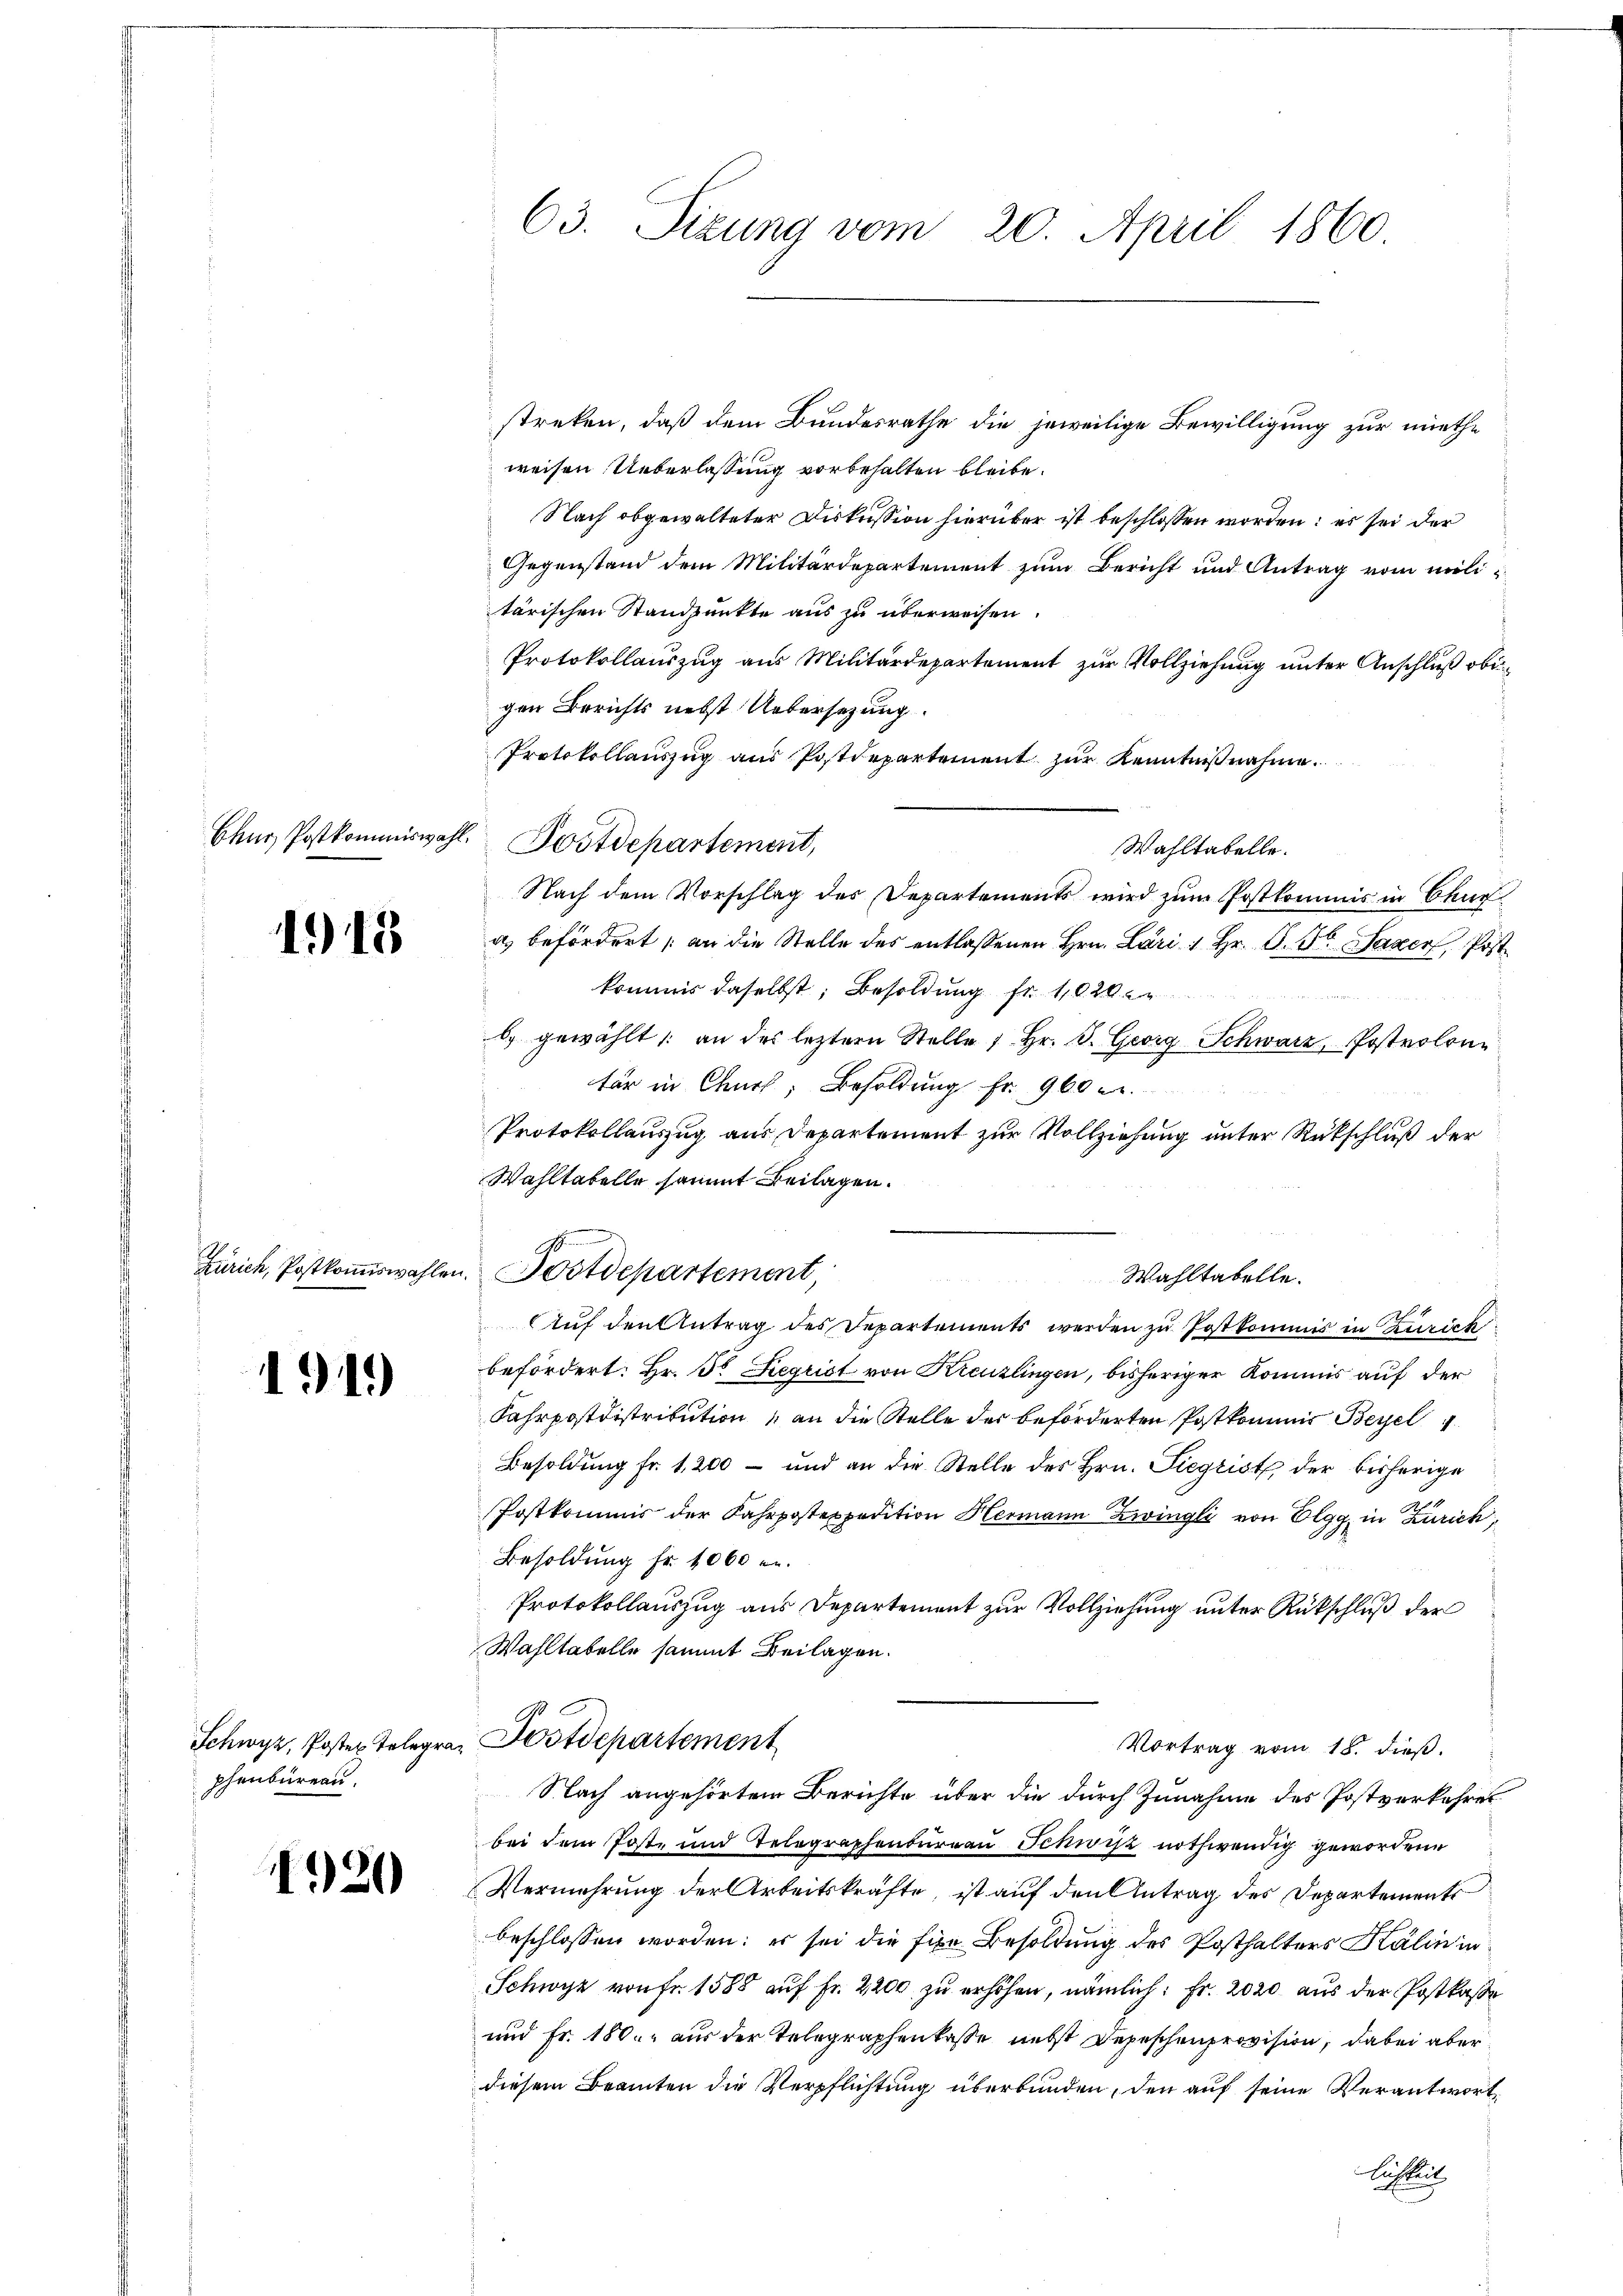
1918

Zürich, Postkommiswahle.

191)

phenbureau.

920

streken, daß dem Bundesrathe die jeweilige Bewilligung zur miethe
weisen. Ueberlassung vorbehalten bleibe.
Nach obgewalteter Diskussion hierüber ist beschlossen worden; es sei der
Gegenstand dem Militärdepartement zum Bericht und Antrag vom militärischen Standpunkte aus zu überweisen.
Protokollauszug aus Militärdepartement zur Vollziehung unter Anschluß obigen Berichts nebst Uebersetzung.
Protokollauszug aus Postdepartement zur Kenntnißnahme.
Chur Postkommiswahl. Postdepartement,
Wahltabelle.
Nach dem Vorschlag des Departements wird zum Postkommnis in Chur
a befördert an die Stelle des entlaßenen Hrn. Lari u Hr. P. F. Saxer, Post
kommis daselbst; Besoldung fr. 1020.
b gewählt an des letztern Stelle 1. Hr. P. Georg Schwarz, Postrolontur in Chur, Besoldung fr. 900 e
Protokollauszug aus Departement zur Vollziehung unter Rückschluß der
Wahltatelle sammt Beilagen.
Wahltabelle.
Auf den Antrag des Departements werden zu Postkommis in Zürich
befördert: Hr. Fr. Begrist von Kreuzlingen, bisheriger Kommis auf der
Fahrpostdistribution an die Stelle des beförderten Postkommit Bezel
Besoldung fr. 1200 - und an die Stelle des Hrn. Siegrist der bisherige
Postkommis der Fahrpostexpedition Hermann Zwingli von Elgg, in Zürich,
Besoldung fr. 1060 r.
Protokollauszug aus Departement zur Vollziehung unter Rückschluß der
Wahltabelle sammt Beilagen.
Schwyz, Poster Telegra Postdepartement
Vortrag vom 18. dieß.
Nach angehörten Berichte über die durch Zunahme des Postverkehrer
bei dem Post- und Telegraphenburgau Schwyz nothwendig gewordene
Vermehrung der Arbeitskräfte, ist auf den Antrag des Departements
beschlossen worden; es sei die fixe Besoldung des Posthalters Kälin in
Schwyz von Fr. 1588 auf Fr. 2200 zu erhöhen, nämlich: Fr. 2020 aus der Postkasse
und Fr. 180. aus der Telegraphenkasse nebst Depeschenprovision, dabei aber
diesem Beamten die Verpflichtung überbunden, den auf seine Verantwort¬
Lichtlich

63. Sizung vom 20. April 1860

u. Postdepartement,